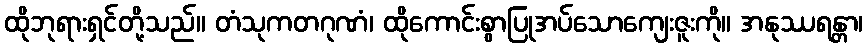
ထိုဘုရားရှင်တို့သည်။ တံသုကတဂုဏံ၊ ထိုကောင်းစွာပြုအပ်သောကျေးဇူးကို။ အနုဿရန္တာ၊